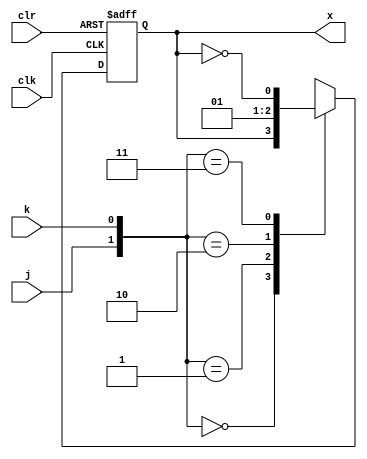
module JKff(x,j,k,clk,clr);
input j,k,clk,clr;
output reg x;
always@(negedge clk,negedge clr)
    if (clr==0)x=0;
    else case({j,k})
    2'b00: x<=x;
    2'b01: x<=0;
    2'b10: x<=1;
    2'b11: x<=~x;
    endcase    
endmodule
module problem2(q,count,clr);
input count,clr;
output [3:0] q;
JKff M0(q[0],1,1,count,clr);    
JKff M1(q[1],~q[3],1,q[0],clr);    
JKff M2(q[2],1,1,q[1],clr);    
JKff M3(q[3],(q[1]&q[2]),1,q[0],clr);    
endmodule